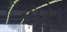
સૂરા